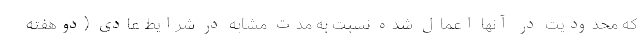
که محدودیت در آنها اعمال شده نسبت به مدت مشابه در شرایط عادی (دوهفته